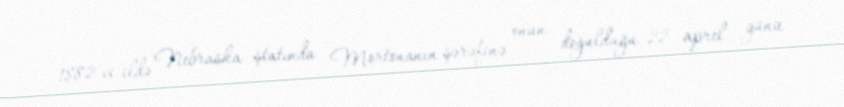
1882-ci ildə Nebraska ştatında Mortonanın şərəfinə onun doğulduğu 22 aprel günü